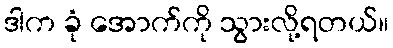
ဒါက ခုံ အောက်ကို သွားလို့ရတယ်။